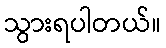
သွားရပါတယ်။